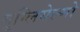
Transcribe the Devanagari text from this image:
गुग्लियेल्मो